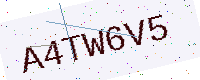
Text: A4TW6V5